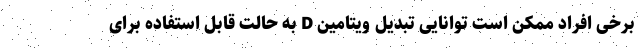
برخی افراد ممکن است توانایی تبدیل ویتامین D به حالت قابل استفاده برای